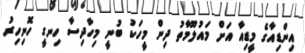
އިންޑިއާގެ މީޑިއާ އަށް މައުލޫމާތު ދިން މީހަކު ބުނީ މިހާދިސާ ހިނގީ ހޮނިހިރު